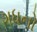
ગધનો